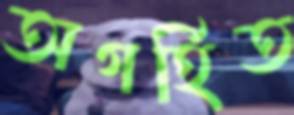
অগর্হিত